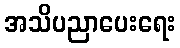
အသိပညာပေးရေး